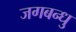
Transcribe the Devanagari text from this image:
जगबन्धु